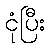
ငုံပြီး